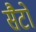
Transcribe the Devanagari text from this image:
सैटो